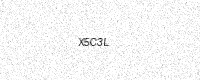
Text: X5C3L